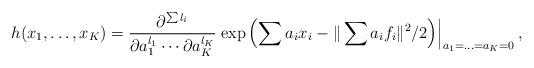
LaTeX: \begin{align*}h(x_1,\ldots, x_K) = \dfrac{\partial^{\sum l_i}}{\partial a_1^{l_1} \cdots \partial a_K^{l_K}} \left.\exp\left(\sum a_i x_i - \|\sum a_i f_i\|^2/2\right)\right|_{a_1=\ldots =a_K=0}, \end{align*}